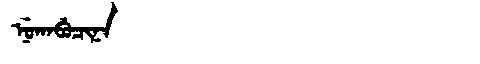
Manchu: ᠨᡠᡴᠠᠪᡠᠴᡳᠨᠠ
Romanization: NUKABUCINA